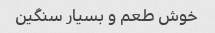
خوش طعم و بسیار سنگین